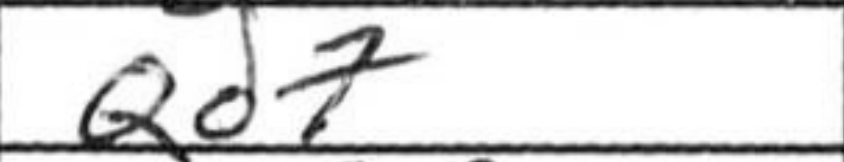
Transcription: Qd7